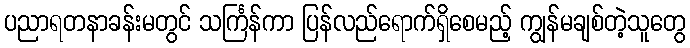
ပညာရတနာခန်းမတွင် သင်္ကြန်ကာ ပြန်လည်ရောက်ရှိစေမည့် ကျွန်မချစ်တဲ့သူတွေ